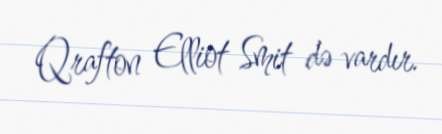
Qrafton Elliot Smit də vardır.